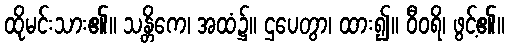
ထိုမင်းသား၏။ သန္တိကေ၊ အထံ၌။ ဌပေတွာ၊ ထား၍။ ဝီဝရိ၊ ဖွင့်၏။